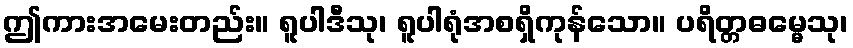
ဤကားအမေးတည်း။ ရူပါဒီသု၊ ရူပါရုံအစရှိကုန်သော။ ပရိတ္တဓမ္မေသု၊